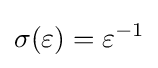
\sigma (\varepsilon )=\varepsilon ^{-1}